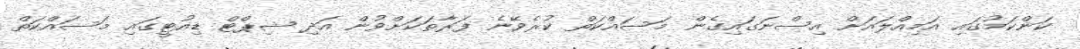
ކަންކަމުގައި އަމިއްލައަށް އިސްނަގައިގެން މަސައްކަތް ކުރެވޭނެ ފަރާތަކަށްވުން އަދި ޝިޕްޓް ޑިއުޓީގައި މަސައްކަތް